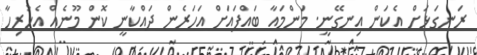
ރަނގަޅަށް އެކަން އިނގޭނީ. މަންމައާ ބައްޕައަށް އަހަރެން ދައްކާނީ ކޮން މޫނެއް އެހުރިހާ